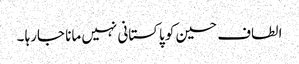
الطاف حسین کو پاکستانی نہیں مانا جارہا ۔